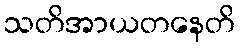
သတိအာယတနေတိ